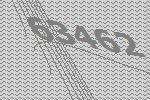
63462